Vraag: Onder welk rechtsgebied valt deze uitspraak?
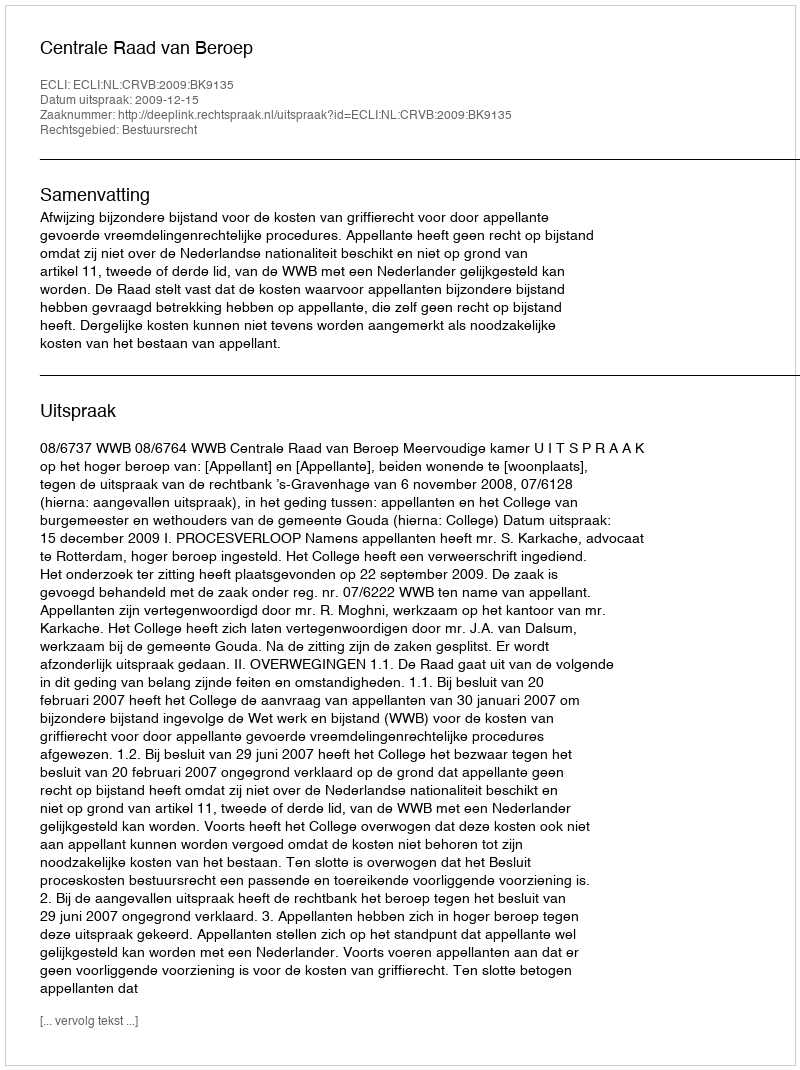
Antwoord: Bestuursrecht